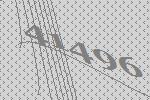
41496